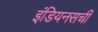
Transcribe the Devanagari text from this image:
इंडियनसची